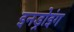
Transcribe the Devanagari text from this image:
इनड्रोइंग